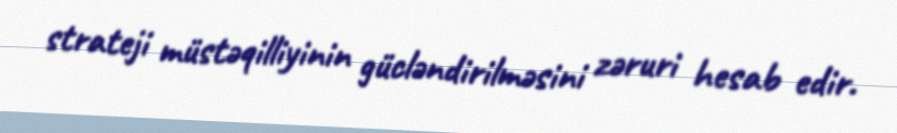
strateji müstəqilliyinin gücləndirilməsini zəruri hesab edir.